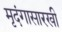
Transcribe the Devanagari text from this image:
मृदंगासारखी